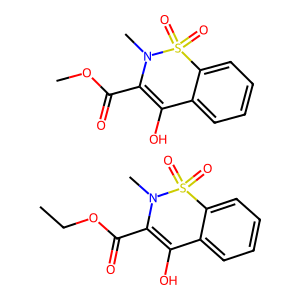
SMILES: CCOC(=O)C1=C(O)c2ccccc2S(=O)(=O)N1C.COC(=O)C1=C(O)c2ccccc2S(=O)(=O)N1C
Inhibits HIV replication: No